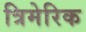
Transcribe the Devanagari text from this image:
त्रिमेरिक